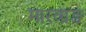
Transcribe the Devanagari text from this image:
मारवाङ